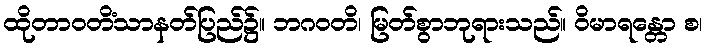
ထိုတာဝတိံသာနတ်ပြည်၌။ ဘဂဝတိ၊ မြတ်စွာဘုရားသည်။ ဝိမာရန္တော စ၊